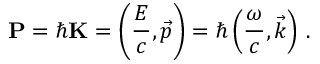
\mathbf { P } = \hbar \mathbf { K } = \left( { \frac { E } { c } } , { \vec { p } } \right) = \hbar \left( { \frac { \omega } { c } } , { \vec { k } } \right) \, .